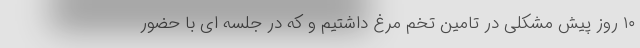
۱۰ روز پیش مشکلی در تامین تخم مرغ داشتیم و که در جلسه ای با حضور